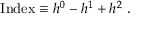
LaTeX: \mathrm { I n d e x } \equiv h ^ { 0 } - h ^ { 1 } + h ^ { 2 } \ .